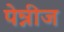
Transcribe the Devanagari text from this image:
पेन्नीज